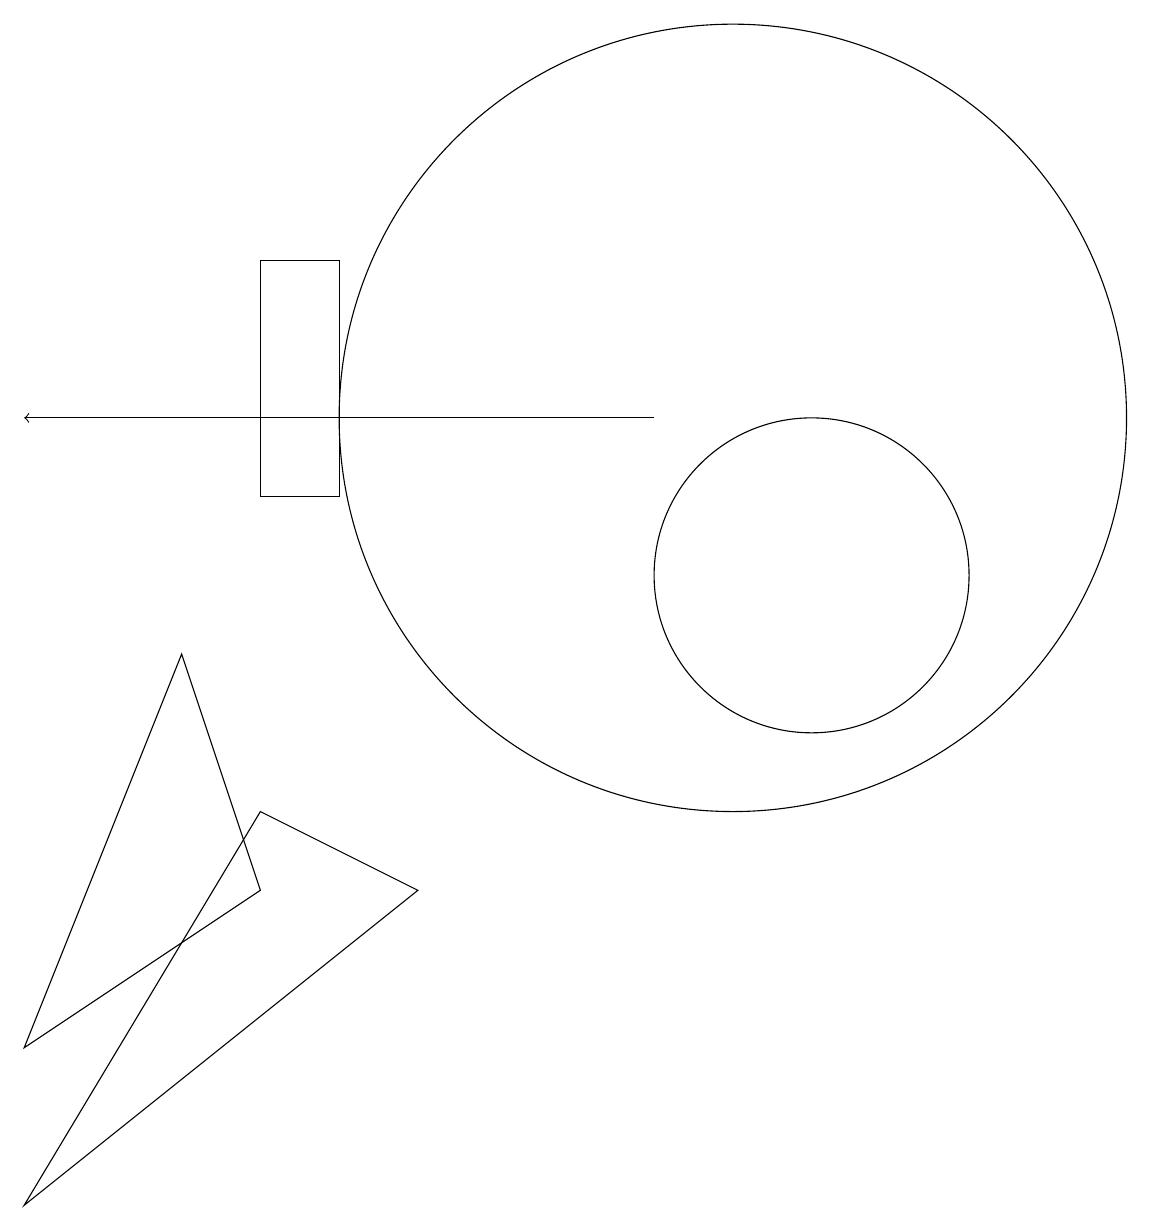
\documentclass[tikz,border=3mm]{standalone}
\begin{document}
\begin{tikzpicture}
\draw (11,10) circle (2);
\draw (10,12) circle (5);
\draw (4,11) rectangle (5,14);
\draw[->] (9,12) -- (1,12);
\draw (1,4) -- (3,9) -- (4,6) -- cycle;
\draw (6,6) -- (1,2) -- (4,7) -- cycle;
\draw (3,16) rectangle (3,16);
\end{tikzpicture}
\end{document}